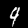
Digit: 9